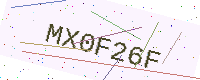
Text: MX0F26F